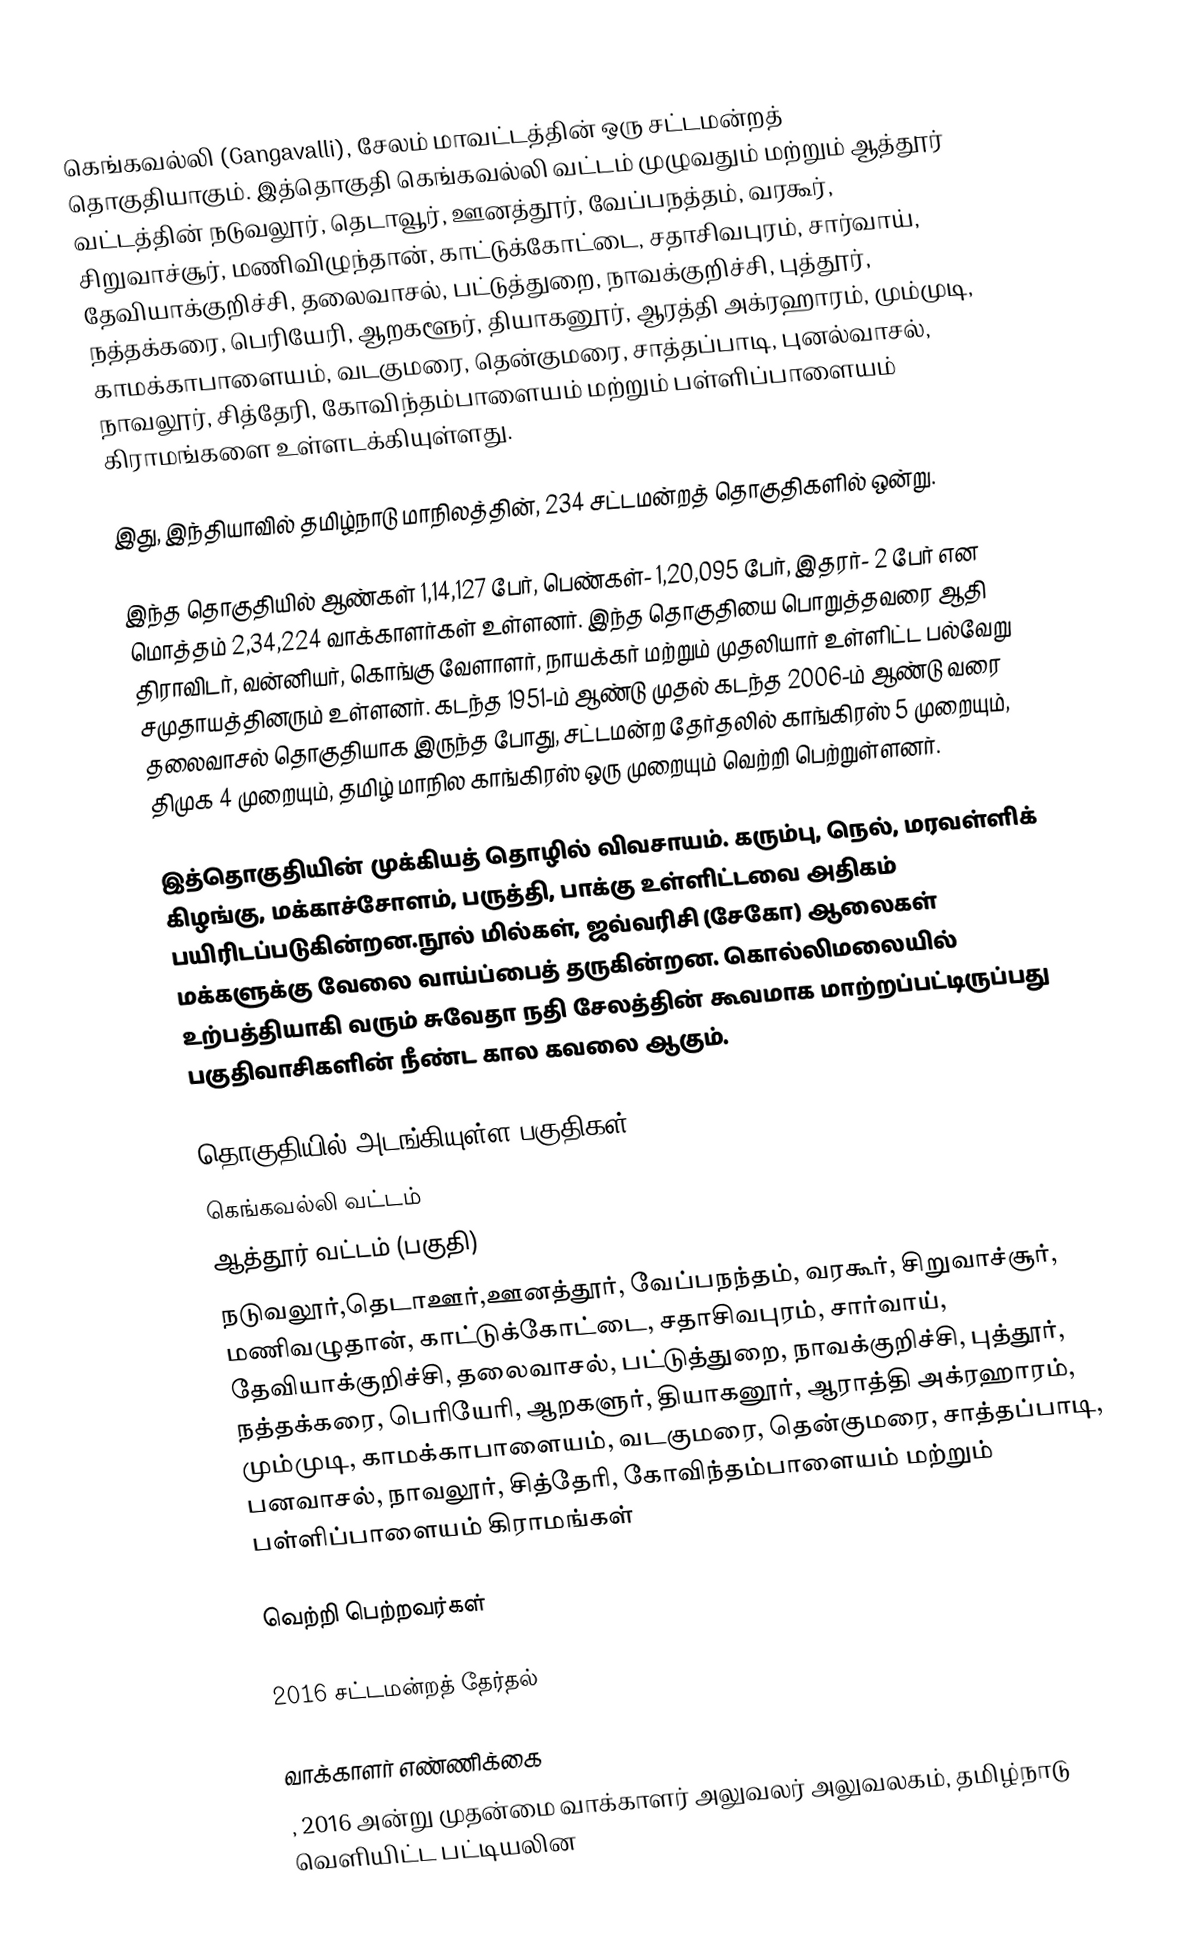
கெங்கவல்லி (Gangavalli), சேலம் மாவட்டத்தின் ஒரு சட்டமன்றத் தொகுதியாகும். இத்தொகுதி கெங்கவல்லி வட்டம் முழுவதும் மற்றும் ஆத்தூர் வட்டத்தின் நடுவலூர், தெடாவூர், ஊனத்தூர், வேப்பநத்தம், வரகூர், சிறுவாச்சூர், மணிவிழுந்தான், காட்டுக்கோட்டை, சதாசிவபுரம், சார்வாய், தேவியாக்குறிச்சி, தலைவாசல், பட்டுத்துறை, நாவக்குறிச்சி, புத்தூர், நத்தக்கரை, பெரியேரி, ஆறகளூர், தியாகனூர், ஆரத்தி அக்ரஹாரம், மும்முடி, காமக்காபாளையம், வடகுமரை, தென்குமரை, சாத்தப்பாடி, புனல்வாசல், நாவலூர், சித்தேரி, கோவிந்தம்பாளையம் மற்றும் பள்ளிப்பாளையம் கிராமங்களை உள்ளடக்கியுள்ளது.

இது, இந்தியாவில் தமிழ்நாடு மாநிலத்தின், 234 சட்டமன்றத் தொகுதிகளில் ஒன்று.

இந்த தொகுதியில் ஆண்கள் 1,14,127 பேர், பெண்கள்- 1,20,095 பேர், இதரர்- 2 பேர் என மொத்தம் 2,34,224 வாக்காளர்கள் உள்ளனர். இந்த தொகுதியை பொறுத்தவரை ஆதி திராவிடர், வன்னியர், கொங்கு வேளாளர், நாயக்கர் மற்றும் முதலியார் உள்ளிட்ட பல்வேறு சமுதாயத்தினரும் உள்ளனர். கடந்த 1951-ம் ஆண்டு முதல் கடந்த 2006-ம் ஆண்டு வரை தலைவாசல் தொகுதியாக இருந்த போது, சட்டமன்ற தேர்தலில் காங்கிரஸ் 5 முறையும், திமுக 4 முறையும், தமிழ் மாநில காங்கிரஸ் ஒரு முறையும் வெற்றி பெற்றுள்ளனர்.

இத்தொகுதியின் முக்கியத் தொழில் விவசாயம். கரும்பு, நெல், மரவள்ளிக் கிழங்கு, மக்காச்சோளம், பருத்தி, பாக்கு உள்ளிட்டவை அதிகம் பயிரிடப்படுகின்றன.நூல் மில்கள், ஜவ்வரிசி (சேகோ) ஆலைகள் மக்களுக்கு வேலை வாய்ப்பைத் தருகின்றன. கொல்லிமலையில் உற்பத்தியாகி வரும் சுவேதா நதி சேலத்தின் கூவமாக மாற்றப்பட்டிருப்பது பகுதிவாசிகளின் நீண்ட கால கவலை ஆகும்.

தொகுதியில் அடங்கியுள்ள பகுதிகள்
கெங்கவல்லி வட்டம்
ஆத்தூர் வட்டம் (பகுதி)
நடுவலூர்,தெடாஊர்,ஊனத்தூர், வேப்பநந்தம், வரகூர், சிறுவாச்சூர், மணிவழுதான், காட்டுக்கோட்டை, சதாசிவபுரம், சார்வாய், தேவியாக்குறிச்சி, தலைவாசல், பட்டுத்துறை, நாவக்குறிச்சி, புத்தூர், நத்தக்கரை, பெரியேரி, ஆறகளுர், தியாகனூர், ஆராத்தி அக்ரஹாரம், மும்முடி, காமக்காபாளையம், வடகுமரை, தென்குமரை, சாத்தப்பாடி, பனவாசல், நாவலூர், சித்தேரி, கோவிந்தம்பாளையம் மற்றும் பள்ளிப்பாளையம் கிராமங்கள்

வெற்றி பெற்றவர்கள்

2016 சட்டமன்றத் தேர்தல்

வாக்காளர் எண்ணிக்கை
, 2016 அன்று முதன்மை வாக்காளர் அலுவலர் அலுவலகம், தமிழ்நாடு வெளியிட்ட பட்டியலின